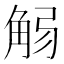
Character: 𧣚